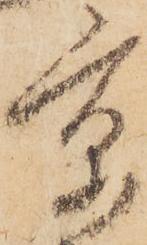
京